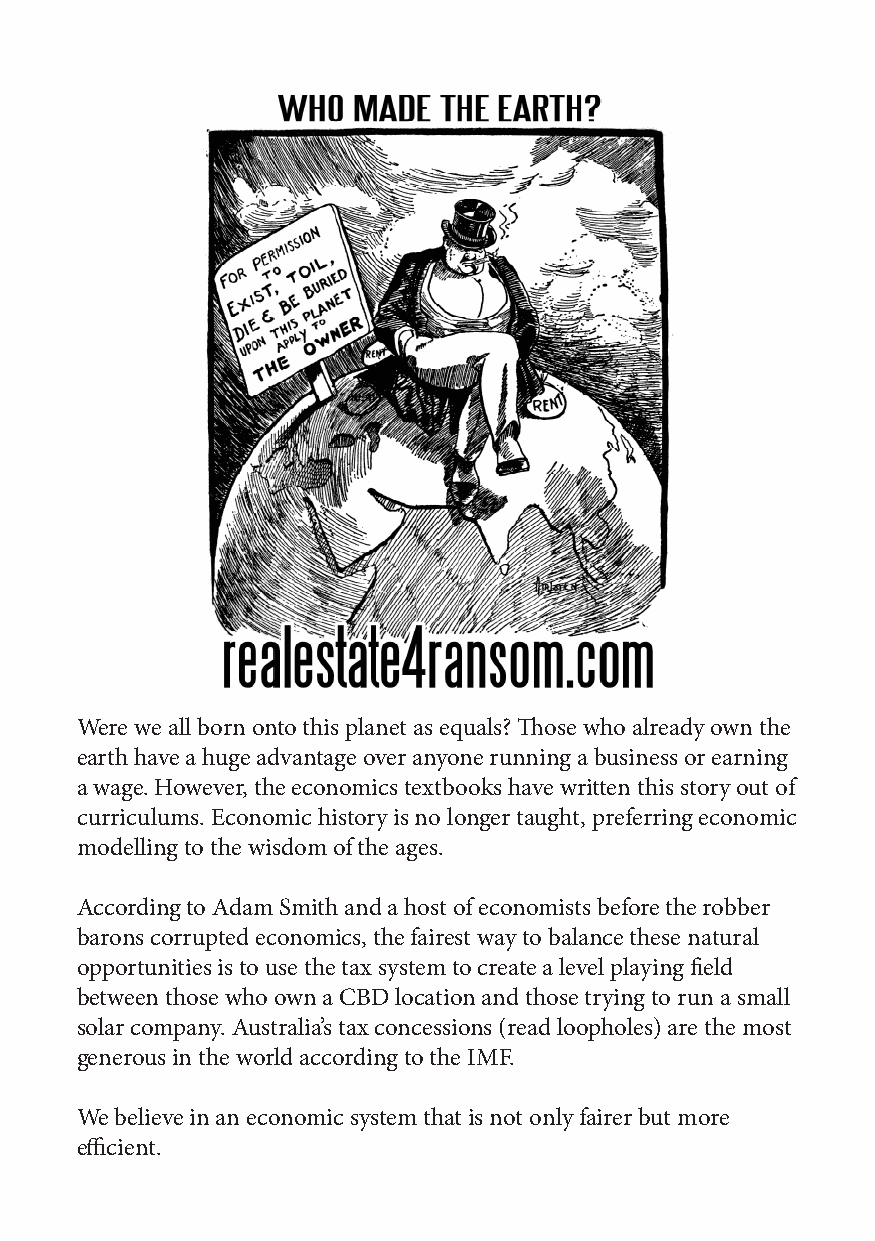
Were we all born onto this planet as equals? Those who already own the
 earth have a huge advantage over anyone running a business or earning
 a wage. However, the economics textbooks have written this story out of
 curriculums. Economic history is no longer taught, preferring economic
 modelling to the wisdom of the ages.
 According to Adam Smith and a host of economists before the robber
 barons corrupted economics, the fairest way to balance these natural
 opportunities is to use the tax system to create a level playing field
 between those who own a CBD location and those trying to run a small
 solar company. Australia’s tax concessions (read loopholes) are the most
 generous in the world according to the IMF.
 We believe in an economic system that is not only fairer but more
 efficient.